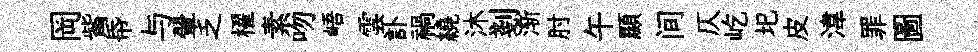
岡觜帋与翬乏櫂素吻峿雲訃禍繞沐剗渐肘午顯间仄屹圯皮湋罪圖